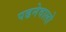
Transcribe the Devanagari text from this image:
पढनेवालो